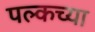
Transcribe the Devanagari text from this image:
पल्कच्या